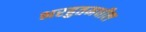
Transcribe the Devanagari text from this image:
भरहुतमधील